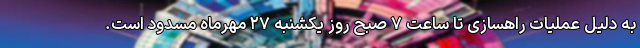
به دلیل عملیات راهسازی تا ساعت ۷ صبح روز یکشنبه ۲۷ مهرماه مسدود است.